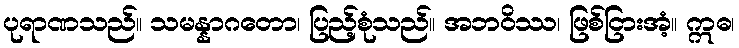
ပုရာဏသည်။ သမန္နာဂတော၊ ပြည့်စုံသည်။ အဘဝိဿ၊ ဖြစ်ငြားအံ့။ ဣဓ၊